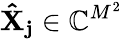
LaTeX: \mathbf{\hat{X}_{j}}\in\mathbb{C}^{M^{2}}